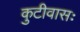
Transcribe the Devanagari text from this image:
कुटीवासः